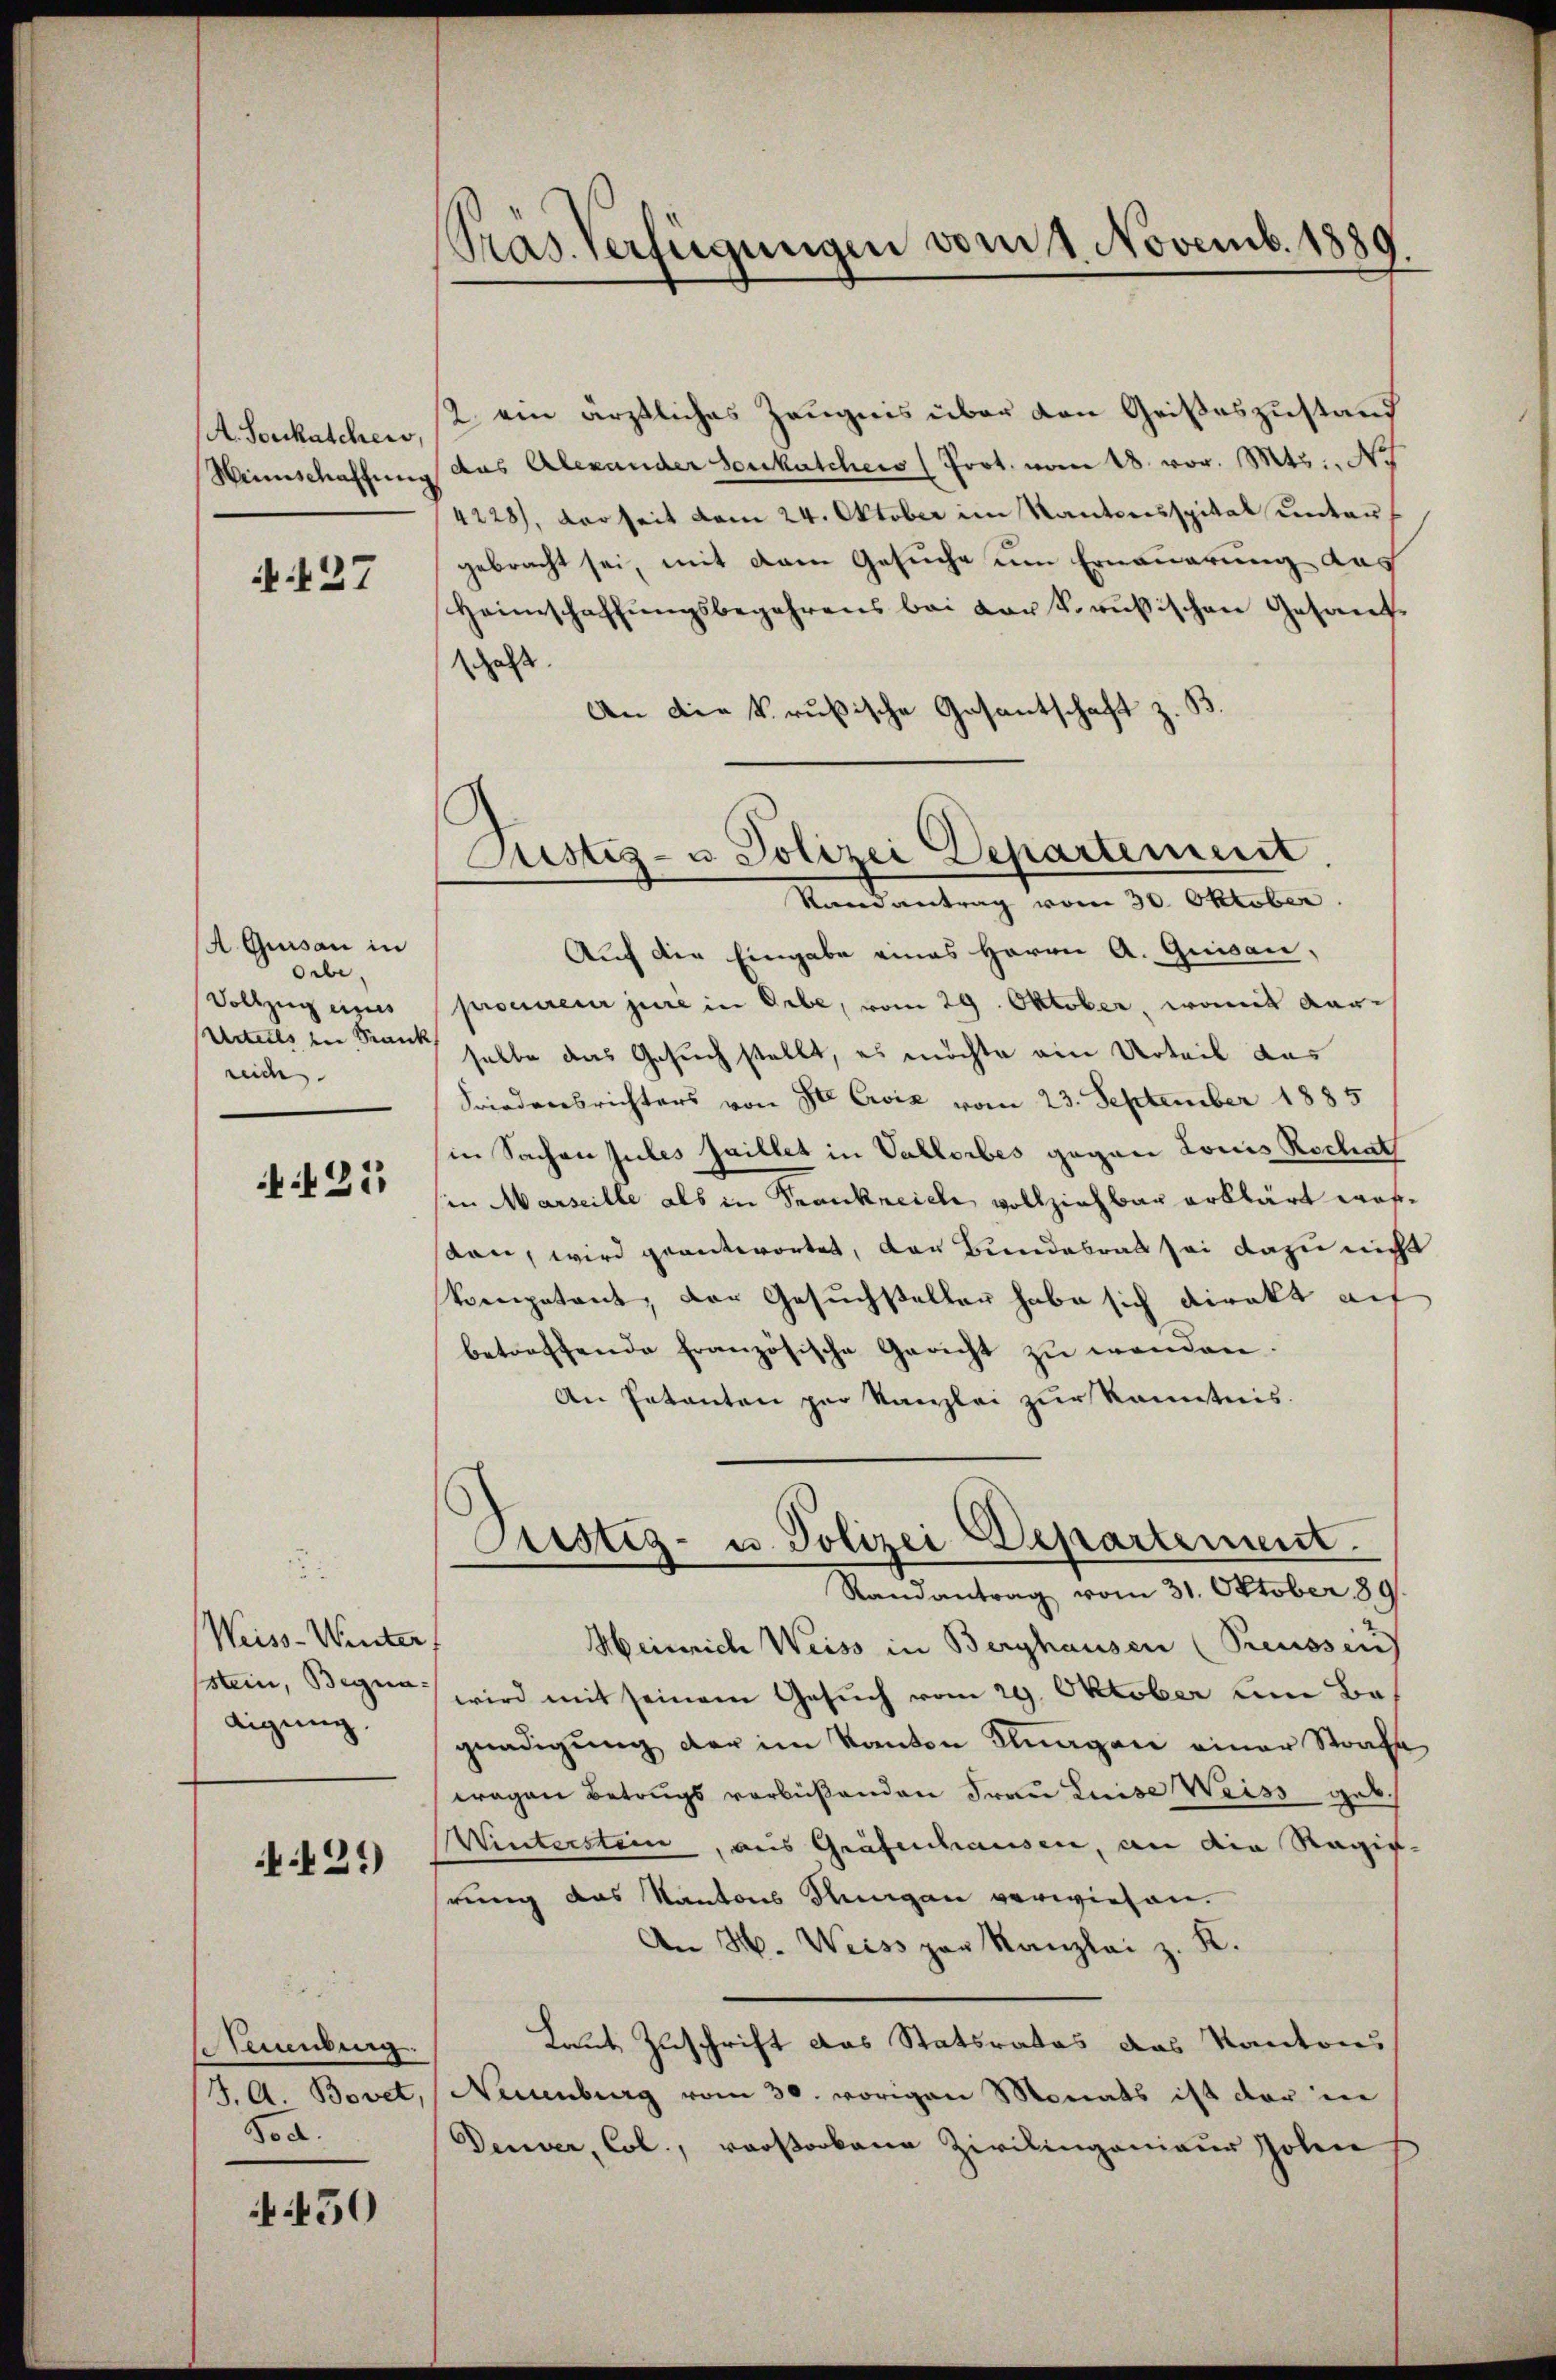
A. Souckatchen
Weinschaffen

27

A Gursau in
Orbe.
Vollzug eines
Urteils in Krank
reich

125

Weiss-Winter
stein, Begnadigung.

429)

samlung.
J. A. Bovet,
Sod.

450

Präs. Verfügungen vom 1. Novemb. 1880

Justiz- u Polizei Departement
Randantrag vom 30. Oktober.

2. ein ärztliches Zeugnis über den Geißeszustand
das Alexander Soukatchews (Prot. vom 28. vor. Mts., Nr.
4228), derseit vom 24. Oktober im Kantonsspital untergebracht sei, mit dem Gesuche um Erneuerung das
Heimschaffungsbegehrens bei der k. russischen Gesandhalt
An die k. rußische Gasantschaft z. B.
Auf die Eingabe eines Herrn A. Quisau,
procureur jure in Orbe, vom 29. Oktober, womit darselbe das Gesuch stellt, es möchte ein Urteil das
Friedensrichters von St. Geiz vom 23. September 1885
in Sachen Jules faillet in Vallorbes gegen Louis Rechst
in Marseille als in Krankreiche vollziehbar erklärt wordan, wird geantwortet, das Bundesrat sei dazu nicht
koenpatent, der Gesuchsteller habe sich direkt auf
betreffende französische Gericht zu wenden.
An Patanten per Kanzlei zur Kenntnis.
Aristig- u. Polizei Departement.
Randantrag vom 31. Oktober 89.
Heinrich Weiss in Berghausen (Preussen
wird mit seinem Gesuch vom 29. Oktober um Begnadigung der im Kanton Klagen einer Strafe
wagen Betrugs verbüßenden Frau Luise Weiss geb.
Winterstein, aus Grafenhausen, an die Ragig-
hrung das Kantons Ringen verwiesen.
An H. Weiss par Kanzlei z. K.
Laut Zuschrift das Statsrates das Kantons
Neuenburg vom 30. vorigen Monats ist der in
Denver, Col., verstorbene Zivilingenieur Johan